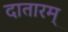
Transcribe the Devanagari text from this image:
दातारम्